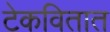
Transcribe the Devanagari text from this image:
टेकवितात